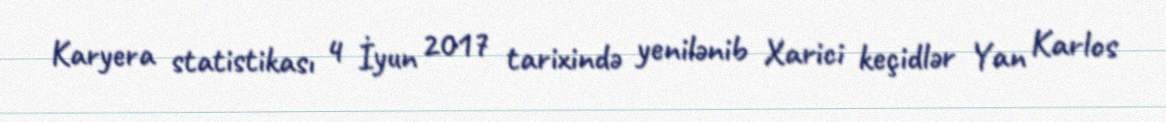
Karyera statistikası 4 İyun 2017 tarixində yenilənib Xarici keçidlər Yan Karlos